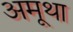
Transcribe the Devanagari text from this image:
अमूथा